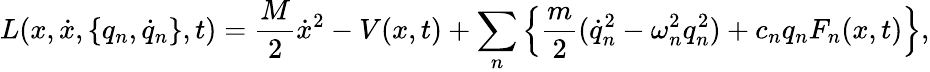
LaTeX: L(x,\dot{x},\{ q_{n},\dot{q}_{n}\} ,t)=\frac{M}{2}\dot{x}^{2}-V(x,t)+\sum_{n}\left\{ \frac{m}{2}(\dot{q}_{n}^{2}-\omega_{n}^{2}q_{n}^{2})+c_{n}q_{n}F_{n}(x,t)\right\} ,